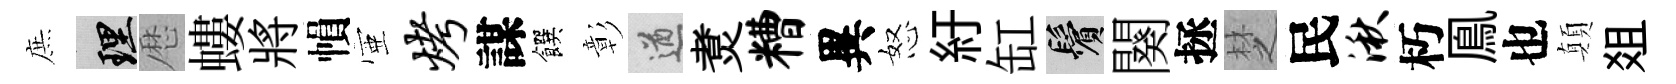
庶理厯螻將𢄙壺烤謀饌彰遒煑糟異怒紆缸鬢闋拯椘民湫朽鳯也顛爼